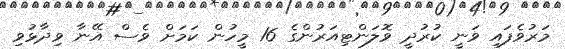
މަރުވެފައި ވަނީ ކުރުދީ ވޮލަންޓިއަރުންގެ 16 މީހުން ކަމަށް ވެސް އޭނާ ވިދާޅުވި